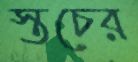
স্তচের